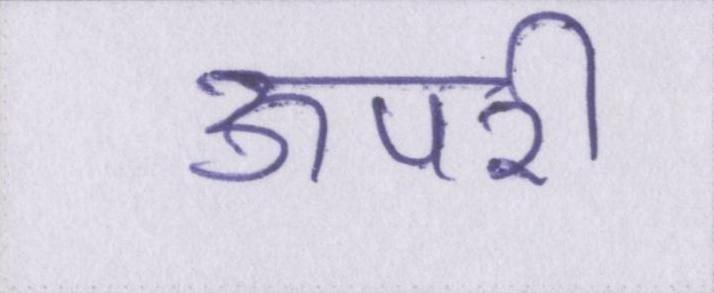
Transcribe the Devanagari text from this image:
ऊपरी